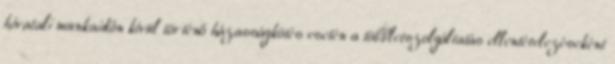
hivatali munkaidőn kívül történő házasságkötés esetén a többletszolgáltatás ellentételezéseként